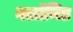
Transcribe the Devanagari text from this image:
क्लॉमिड